Report on the working of the Ranchi Indian Mental Hospital, Kanke, in Bihar and Orissa - 1930-1940
Year: 1930
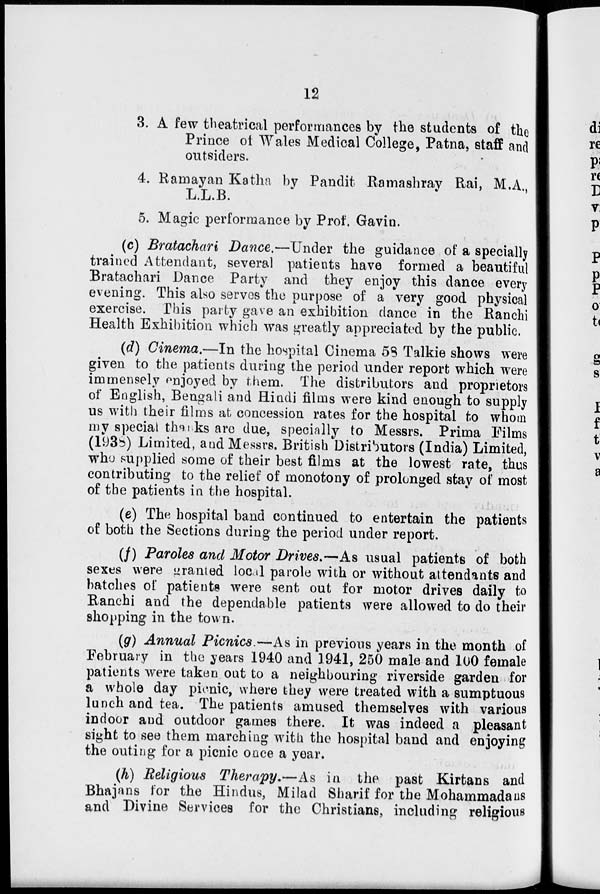
12
3. A few theatrical performances by the students of the
Prince of Wales Medical College, Patna, staff and
outsiders.
4. Ramayan Katha by Pandit Ramashray Rai, M.A.,
L.L.B.
5. Magic performance by Prof. Gavin.
(c) Bratachari Dance.—Under the guidance of a specially
trained Attendant, several patients have formed a beautiful
Bratachari Dance Party and they enjoy this dance every
evening. This also serves the purpose of a very good physical
exercise. This party gave an exhibition dance in the Ranchi
Health Exhibition which was greatly appreciated by the public.
(d) Cinema.—In the hospital Cinema 58 Talkie shows were
given to the patients during the period under report which were
immensely enjoyed by them. The distributors and proprietors
of English, Bengali and Hindi films were kind enough to supply
us with their films at concession rates for the hospital to whom
my special thanks are due, specially to Messrs. Prima Films
(1938) Limited, and Messrs. British Distributors (India) Limited,
who supplied some of their best films at the lowest rate, thus
contributing to the relief of monotony of prolonged stay of most
of the patients in the hospital.
(e) The hospital band continued to entertain the patients
of both the Sections during the period under report.
(f) Paroles and Motor Drives.—As usual patients of both
sexes were granted local parole with or without attendants and
batches of patients were sent out for motor drives daily to
Ranchi and the dependable patients were allowed to do their
shopping in the town.
(g) Annual Picnics.—As in previous years in the month of
February in the years 1940 and 1941, 250 male and 100 female
patients were taken out to a neighbouring riverside garden for
a whole day picnic, where they were treated with a sumptuous
lunch and tea. The patients amused themselves with various
indoor and outdoor games there. It was indeed a pleasant
sight to see them marching with the hospital band and enjoying
the outing for a picnic once a year.
(h) Religious Therapy.—As in the past Kirtans and
Bhajans for the Hindus, Milad Sharif for the Mohammadans
and Divine Services for the Christians, including religious